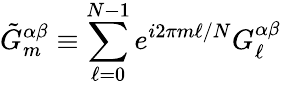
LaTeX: \tilde{G}_{m}^{\alpha\beta}\equiv\sum_{\ell=0}^{N-1}e^{i2\pi m\ell/N}G_{\ell}^{\alpha\beta}